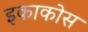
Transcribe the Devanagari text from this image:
इकाकोस